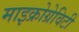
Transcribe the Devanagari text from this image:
माइक्रोग्रेविटी